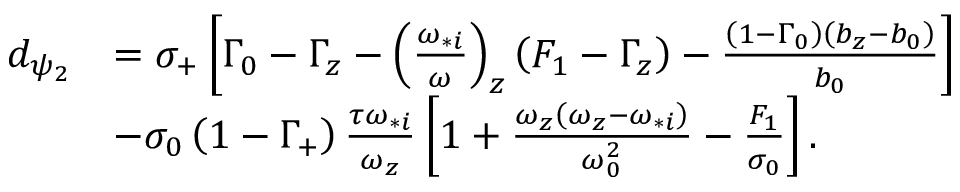
\begin{array} { r l } { d _ { \psi _ { 2 } } } & { = \sigma _ { + } \left[ \Gamma _ { 0 } - \Gamma _ { z } - \left( \frac { \omega _ { * i } } { \omega } \right) _ { z } \left( F _ { 1 } - \Gamma _ { z } \right) - \frac { \left( 1 - \Gamma _ { 0 } \right) \left( b _ { z } - b _ { 0 } \right) } { b _ { 0 } } \right] } \\ & { - \sigma _ { 0 } \left( 1 - \Gamma _ { + } \right) \frac { \tau \omega _ { * i } } { \omega _ { z } } \left[ 1 + \frac { \omega _ { z } \left( \omega _ { z } - \omega _ { * i } \right) } { \omega _ { 0 } ^ { 2 } } - \frac { F _ { 1 } } { \sigma _ { 0 } } \right] . } \end{array}